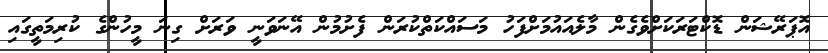
އޮޕަރޭޝަން ޑޮކްޓަރަކަށްވެގެން މާލެއައުމަށްފަހު މަސައްކަތްކުރަން ފެށުމުން އޭނަވަނީ ވަރަށް ގިނަ މީހުންގެ ކުރިމަތީގައި